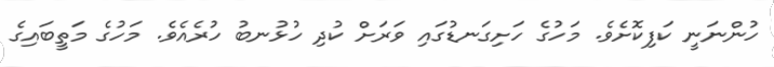
ހުންނަނީ ކަފިކޮށެވެ. މަހުގެ ހަށިގަނޑުގައި ވަރަށް ކުދި ހުޅުނބު ހުރެއެވެ. މަހުގެ މަތީބައިގެ